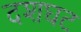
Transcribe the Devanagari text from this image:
दशघट